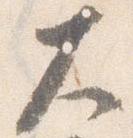
大